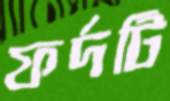
ফর্দটি